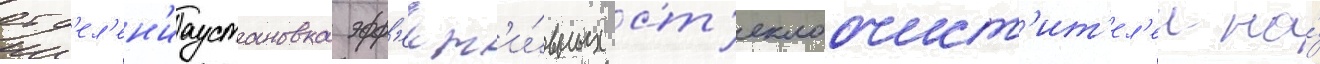
отд'ел'ен'иаустановка эфф'ект'и́вных ст'еклоочист'ит'ел'еи на́